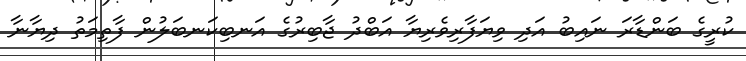
ކުރީގެ ބަންޑާރަ ނައިބު އަދި ވިޔަފާރިވެރިޔާ އަބްދު ޖާބިރުގެ އަނބިކަނބަލުން ފާތިމަތު ދިޔާނާ